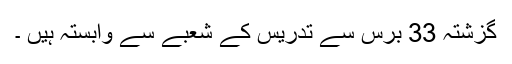
گزشتہ 33 برس سے تدریس کے شعبے سے وابستہ ہیں ۔